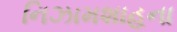
નિઝામશાહના